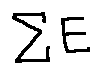
\sum E